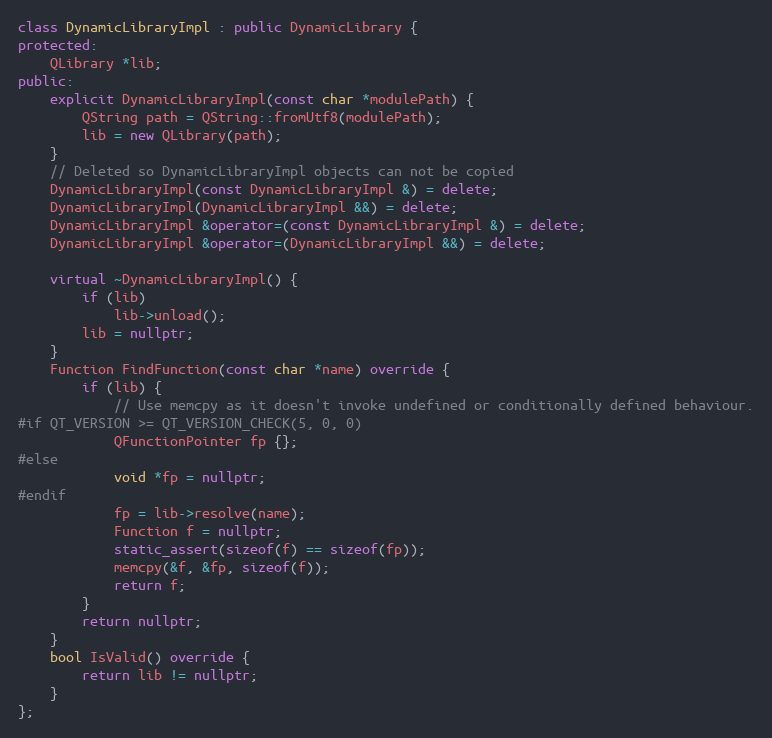
Language: C++
class DynamicLibraryImpl : public DynamicLibrary {
protected:
	QLibrary *lib;
public:
	explicit DynamicLibraryImpl(const char *modulePath) {
		QString path = QString::fromUtf8(modulePath);
		lib = new QLibrary(path);
	}
	// Deleted so DynamicLibraryImpl objects can not be copied
	DynamicLibraryImpl(const DynamicLibraryImpl &) = delete;
	DynamicLibraryImpl(DynamicLibraryImpl &&) = delete;
	DynamicLibraryImpl &operator=(const DynamicLibraryImpl &) = delete;
	DynamicLibraryImpl &operator=(DynamicLibraryImpl &&) = delete;

	virtual ~DynamicLibraryImpl() {
		if (lib)
			lib->unload();
		lib = nullptr;
	}
	Function FindFunction(const char *name) override {
		if (lib) {
			// Use memcpy as it doesn't invoke undefined or conditionally defined behaviour.
#if QT_VERSION >= QT_VERSION_CHECK(5, 0, 0)
			QFunctionPointer fp {};
#else
			void *fp = nullptr;
#endif
			fp = lib->resolve(name);
			Function f = nullptr;
			static_assert(sizeof(f) == sizeof(fp));
			memcpy(&f, &fp, sizeof(f));
			return f;
		}
		return nullptr;
	}
	bool IsValid() override {
		return lib != nullptr;
	}
};